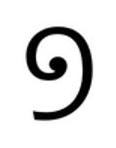
១